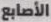
الأصابع